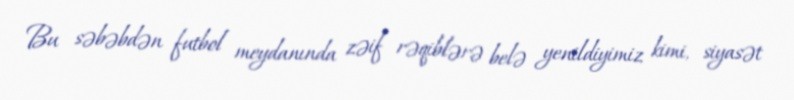
Bu səbəbdən futbol meydanında zəif rəqiblərə belə yenildiyimiz kimi, siyasət